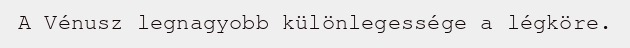
A Vénusz legnagyobb különlegessége a légköre.